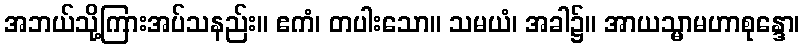
အဘယ်သို့ကြားအပ်သနည်း။ ဧကံ၊ တပါးသော။ သမယံ၊ အခါ၌။ အာယသ္မာမဟာစုန္ဒော၊